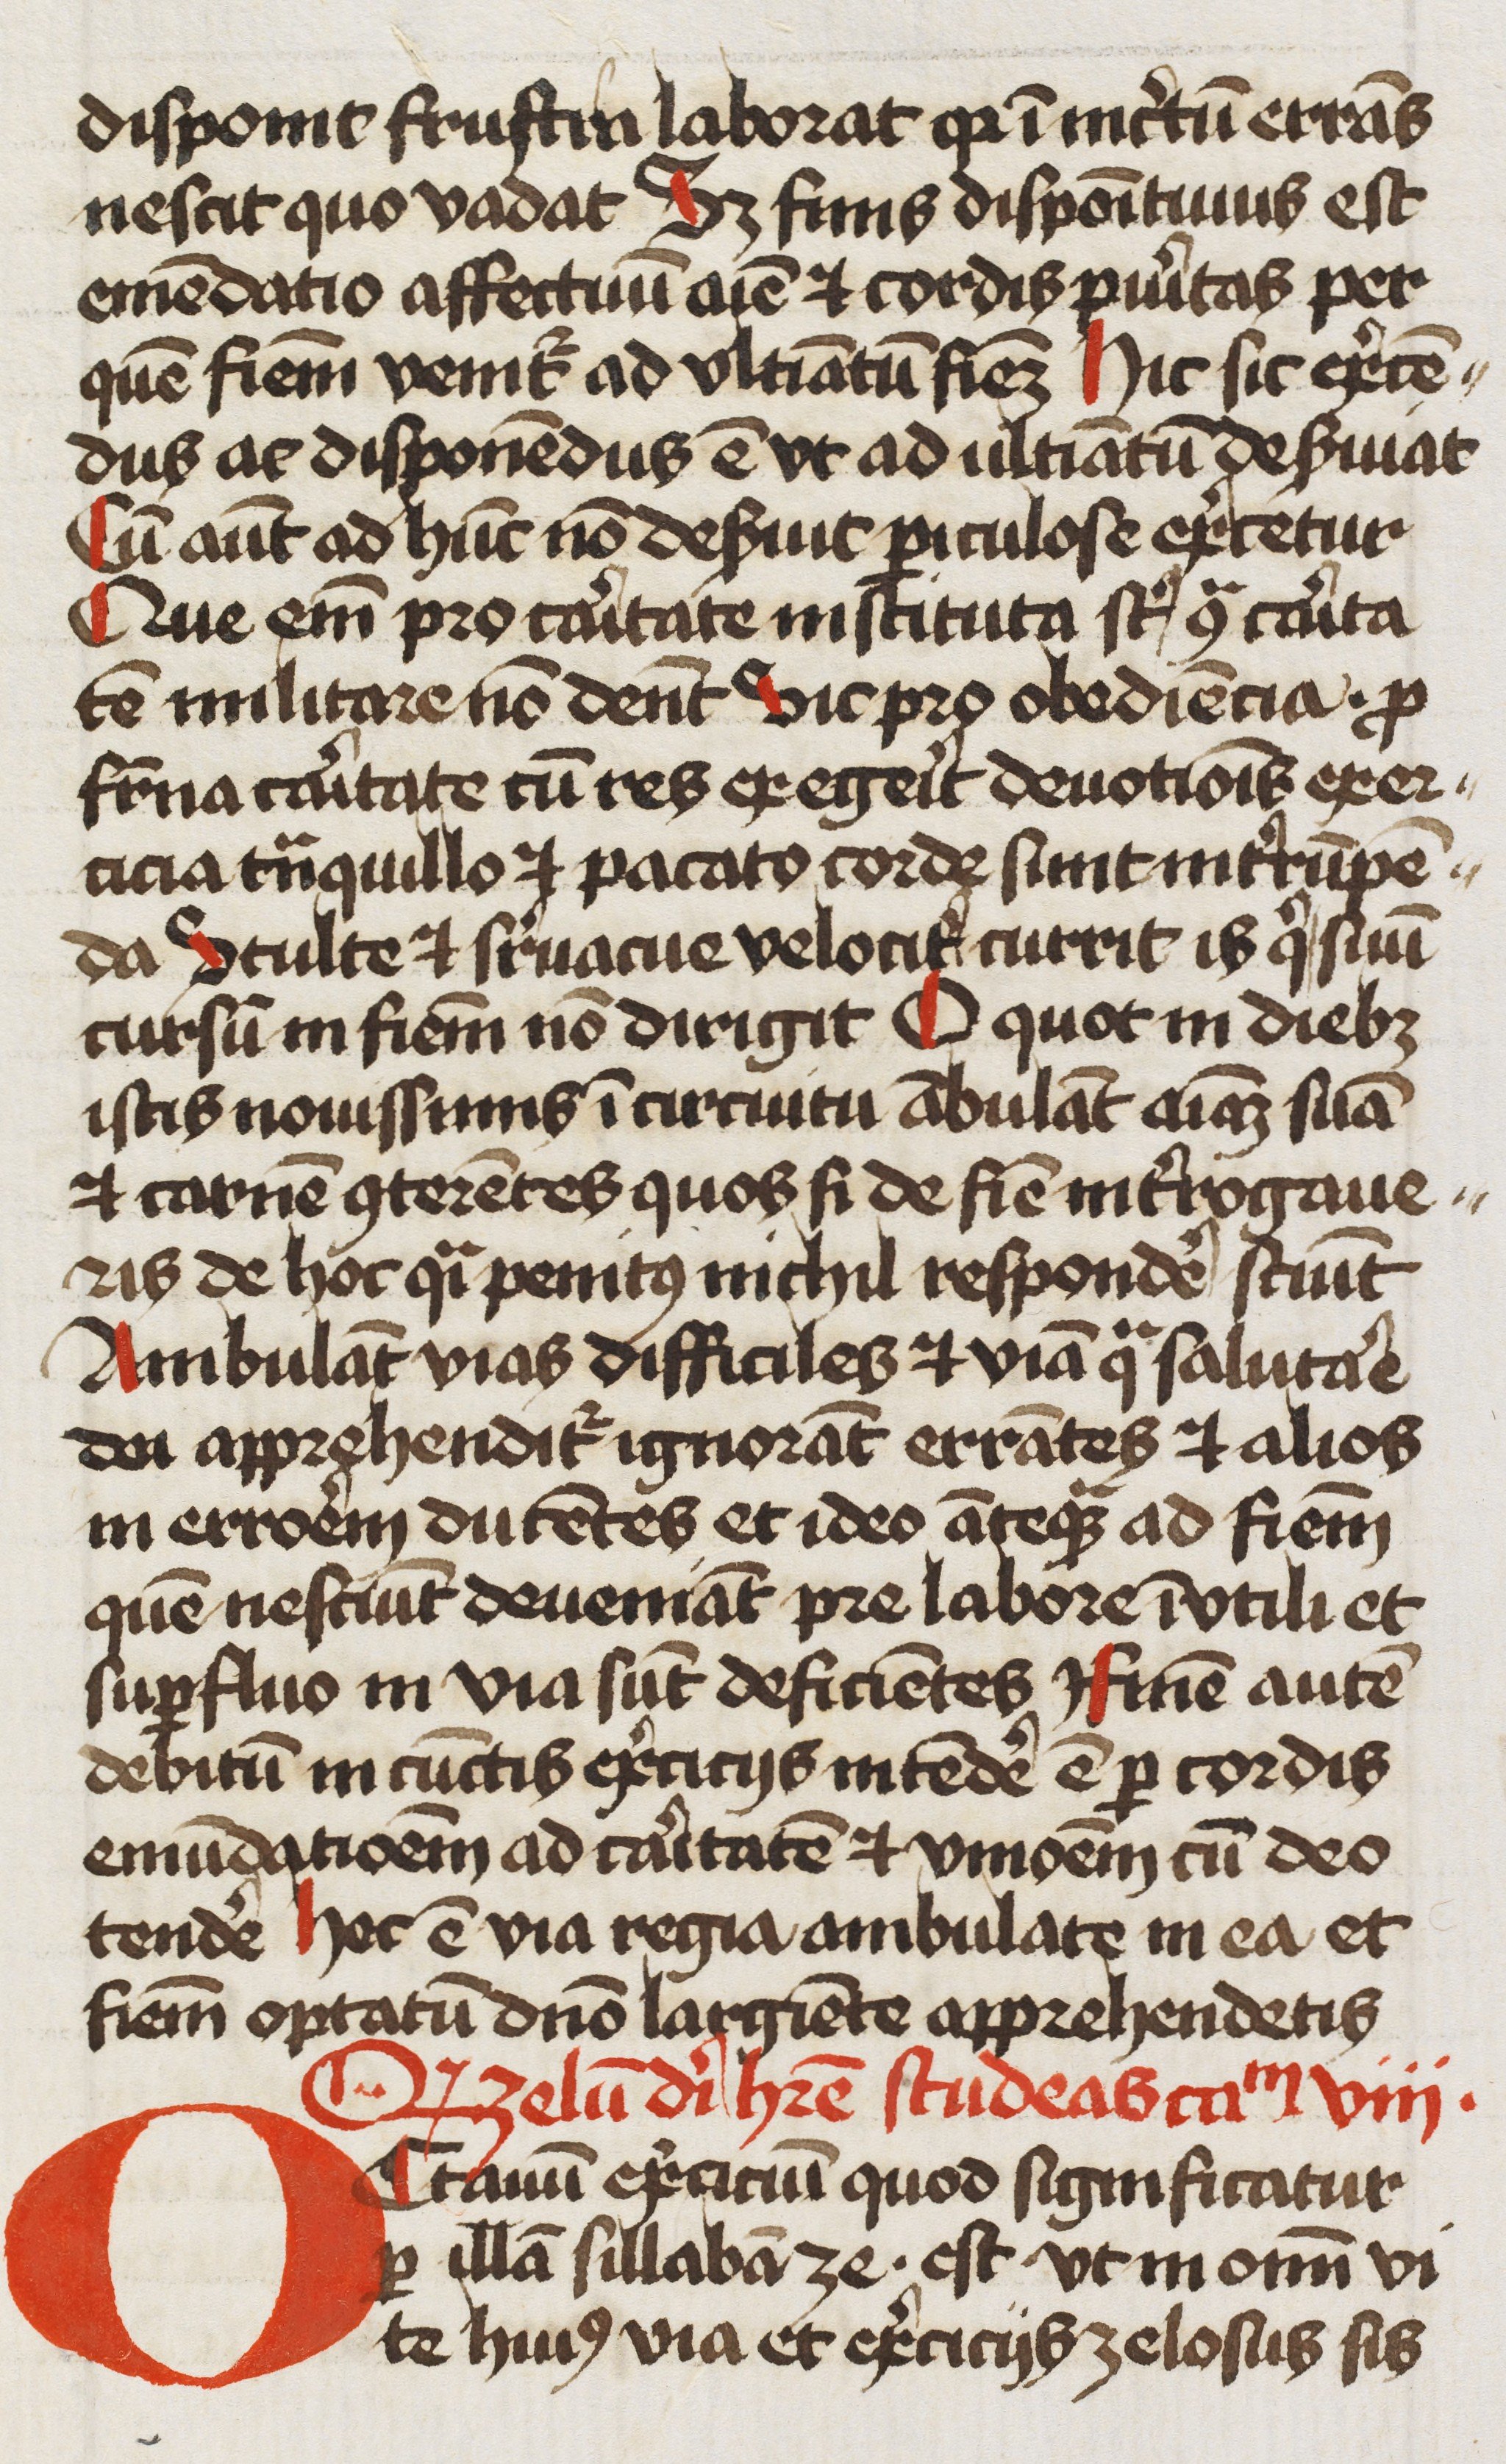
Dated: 1450–1499